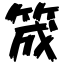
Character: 筬